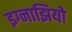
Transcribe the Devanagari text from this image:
इग्नाझियो